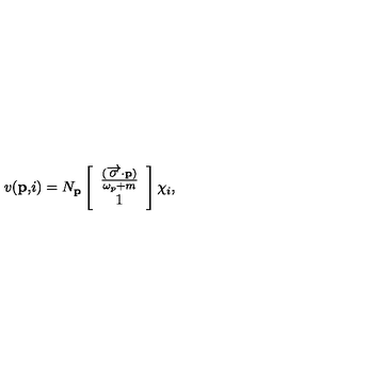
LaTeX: v ( \mathbf { p , } i ) = N _ { \mathbf { p } } \left[ \begin{array} { c } { \frac { ( \overrightarrow { \mathbf { \sigma } } \mathbf { \cdot p } ) } { \omega _ { p } + m } } \\ { 1 } \\ \end{array} \right] \chi _ { i } ,